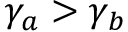
\gamma _ { a } > \gamma _ { b }